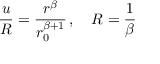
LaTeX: { \frac { u } { \cal R } } = { \frac { r ^ { \beta } } { r _ { 0 } ^ { \beta + 1 } } } \, , \quad { \cal R } = { \frac { 1 } { \beta } }